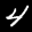
Label: 4